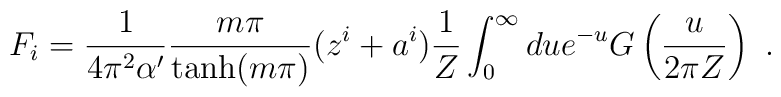
F_i = \frac{1}{4\pi^2\alpha'}\frac{m\pi}{\tanh(m\pi)} (z^i+a^i)  \frac{1}{Z }  \int_0^{\infty} du e^{-u} G\left(\frac{u}{2\pi Z}\right)\ .